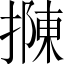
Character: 𢴟